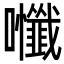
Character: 𭍃